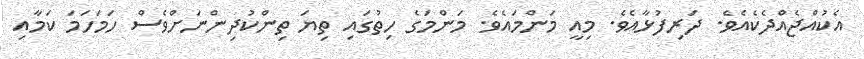
އެކުއްޖެއްދެކެއެވެ. ދަރިފުޅާއެވެ. މިއީ މަންމައެވެ. މަންމަގެ ހިތުގައި ތިޔަ ތިންކުދިންނަށްވެސް ހަމަހަމަ ކަމާއި